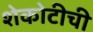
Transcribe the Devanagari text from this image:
शेकोटीची